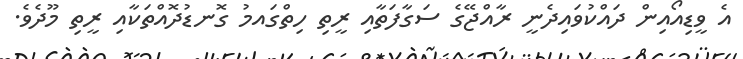
އެ ވީޑިއޯއިން ދައްކުވައިދެނީ ރާއްޖޭގެ ސަގާފަތާއި ރީތި ހިތްގައމު ގޮނޑުދޮއްތަކާއި ރީތި މޫދެވެ.